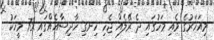
މިއަހަރުގެ މެއި މަހުގައި ދެ ރޭލެއް ޖެހި ހިނގި ހާދިސާއެއްގައި 73 މީހަކު